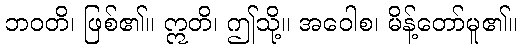
ဘဝတိ၊ ဖြစ်၏။ ဣတိ၊ ဤသို့။ အဝေါစ၊ မိန့်တော်မူ၏။